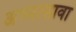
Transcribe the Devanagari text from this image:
अभ्यासावा